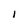
Character: I